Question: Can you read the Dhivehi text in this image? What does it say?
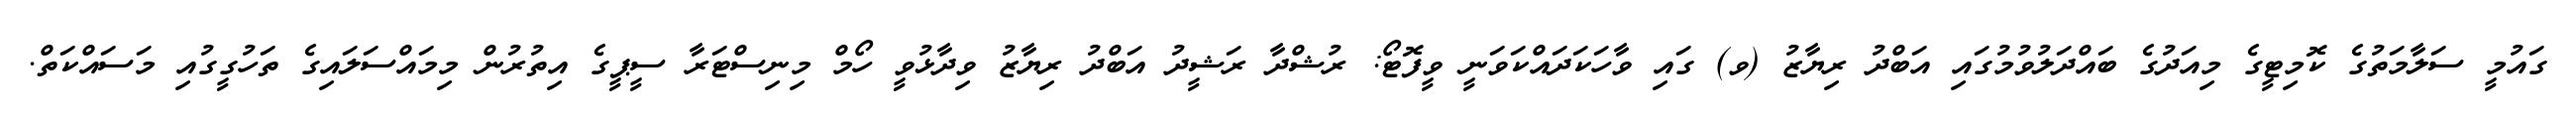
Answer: ގައުމީ ސަލާމަތުގެ ކޮމިޓީގެ މިއަދުގެ ބައްދަލުވުމުގައި އަބްދު ރިޔާޒު (ވ) ގައި ވާހަކަދައްކަވަނީ ވީފޮޓޯ: ރުޝްދާ ރަޝީދު އަބްދު ރިޔާޒު ވިދާޅުވީ ހޯމް މިނިސްޓަރާ ސީޕީގެ އިތުރުން މިމައްސަލައިގެ ތަހުގީގުއި މަސައްކަތް.